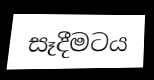
සෑදීමටය